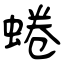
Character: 蜷